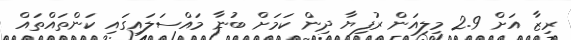
ރިޒާ އަށް 2.9 މިލިއަން ރުފިޔާ ދިން ކަމަށް ބުނާ މައްސަލައިގައި ކަންތައްތައް